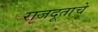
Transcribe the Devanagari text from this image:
राजदूताचे